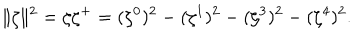
\| \zeta \| ^ { 2 } = \zeta { \zeta } ^ { + } = ( \zeta ^ { 0 } ) ^ { 2 } - ( \zeta ^ { 1 } ) ^ { 2 } - ( \zeta ^ { 3 } ) ^ { 2 } - ( \zeta ^ { 4 } ) ^ { 2 } .